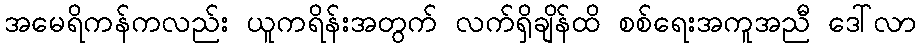
အမေရိကန်ကလည်း ယူကရိန်းအတွက် လက်ရှိချိန်ထိ စစ်ရေးအကူအညီ ဒေါ်လာ